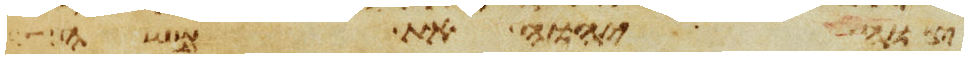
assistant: צוה יהוה אתו